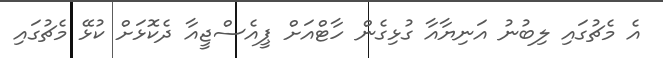
އެ މެޗުގައި ލިބުނު އަނިޔާއާ ގުޅިގެން ހާޓްއަށް ޕީއެސްޖީއާ ދެކޮޅަށް ކުޅޭ މެޗުގައި